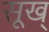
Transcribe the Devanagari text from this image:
सूख्